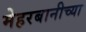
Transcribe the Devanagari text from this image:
मेहरबानीच्या